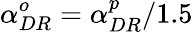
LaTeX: \alpha_{DR}^{o}=\alpha_{DR}^{p}/1.5